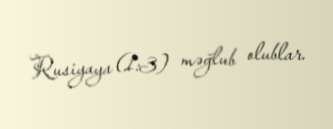
Rusiyaya (1:3) məğlub olublar.